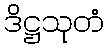
ဒိဋ္ဌသုတံ